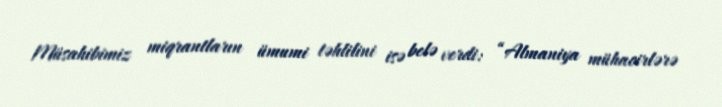
Müsahibimiz miqrantların ümumi təhlilini isə belə verdi: “Almaniya mühacirlərə